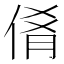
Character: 𬾝